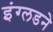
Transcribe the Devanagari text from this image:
इंग्लडने